Eesti_Toorahva_Kommuun, lk 9
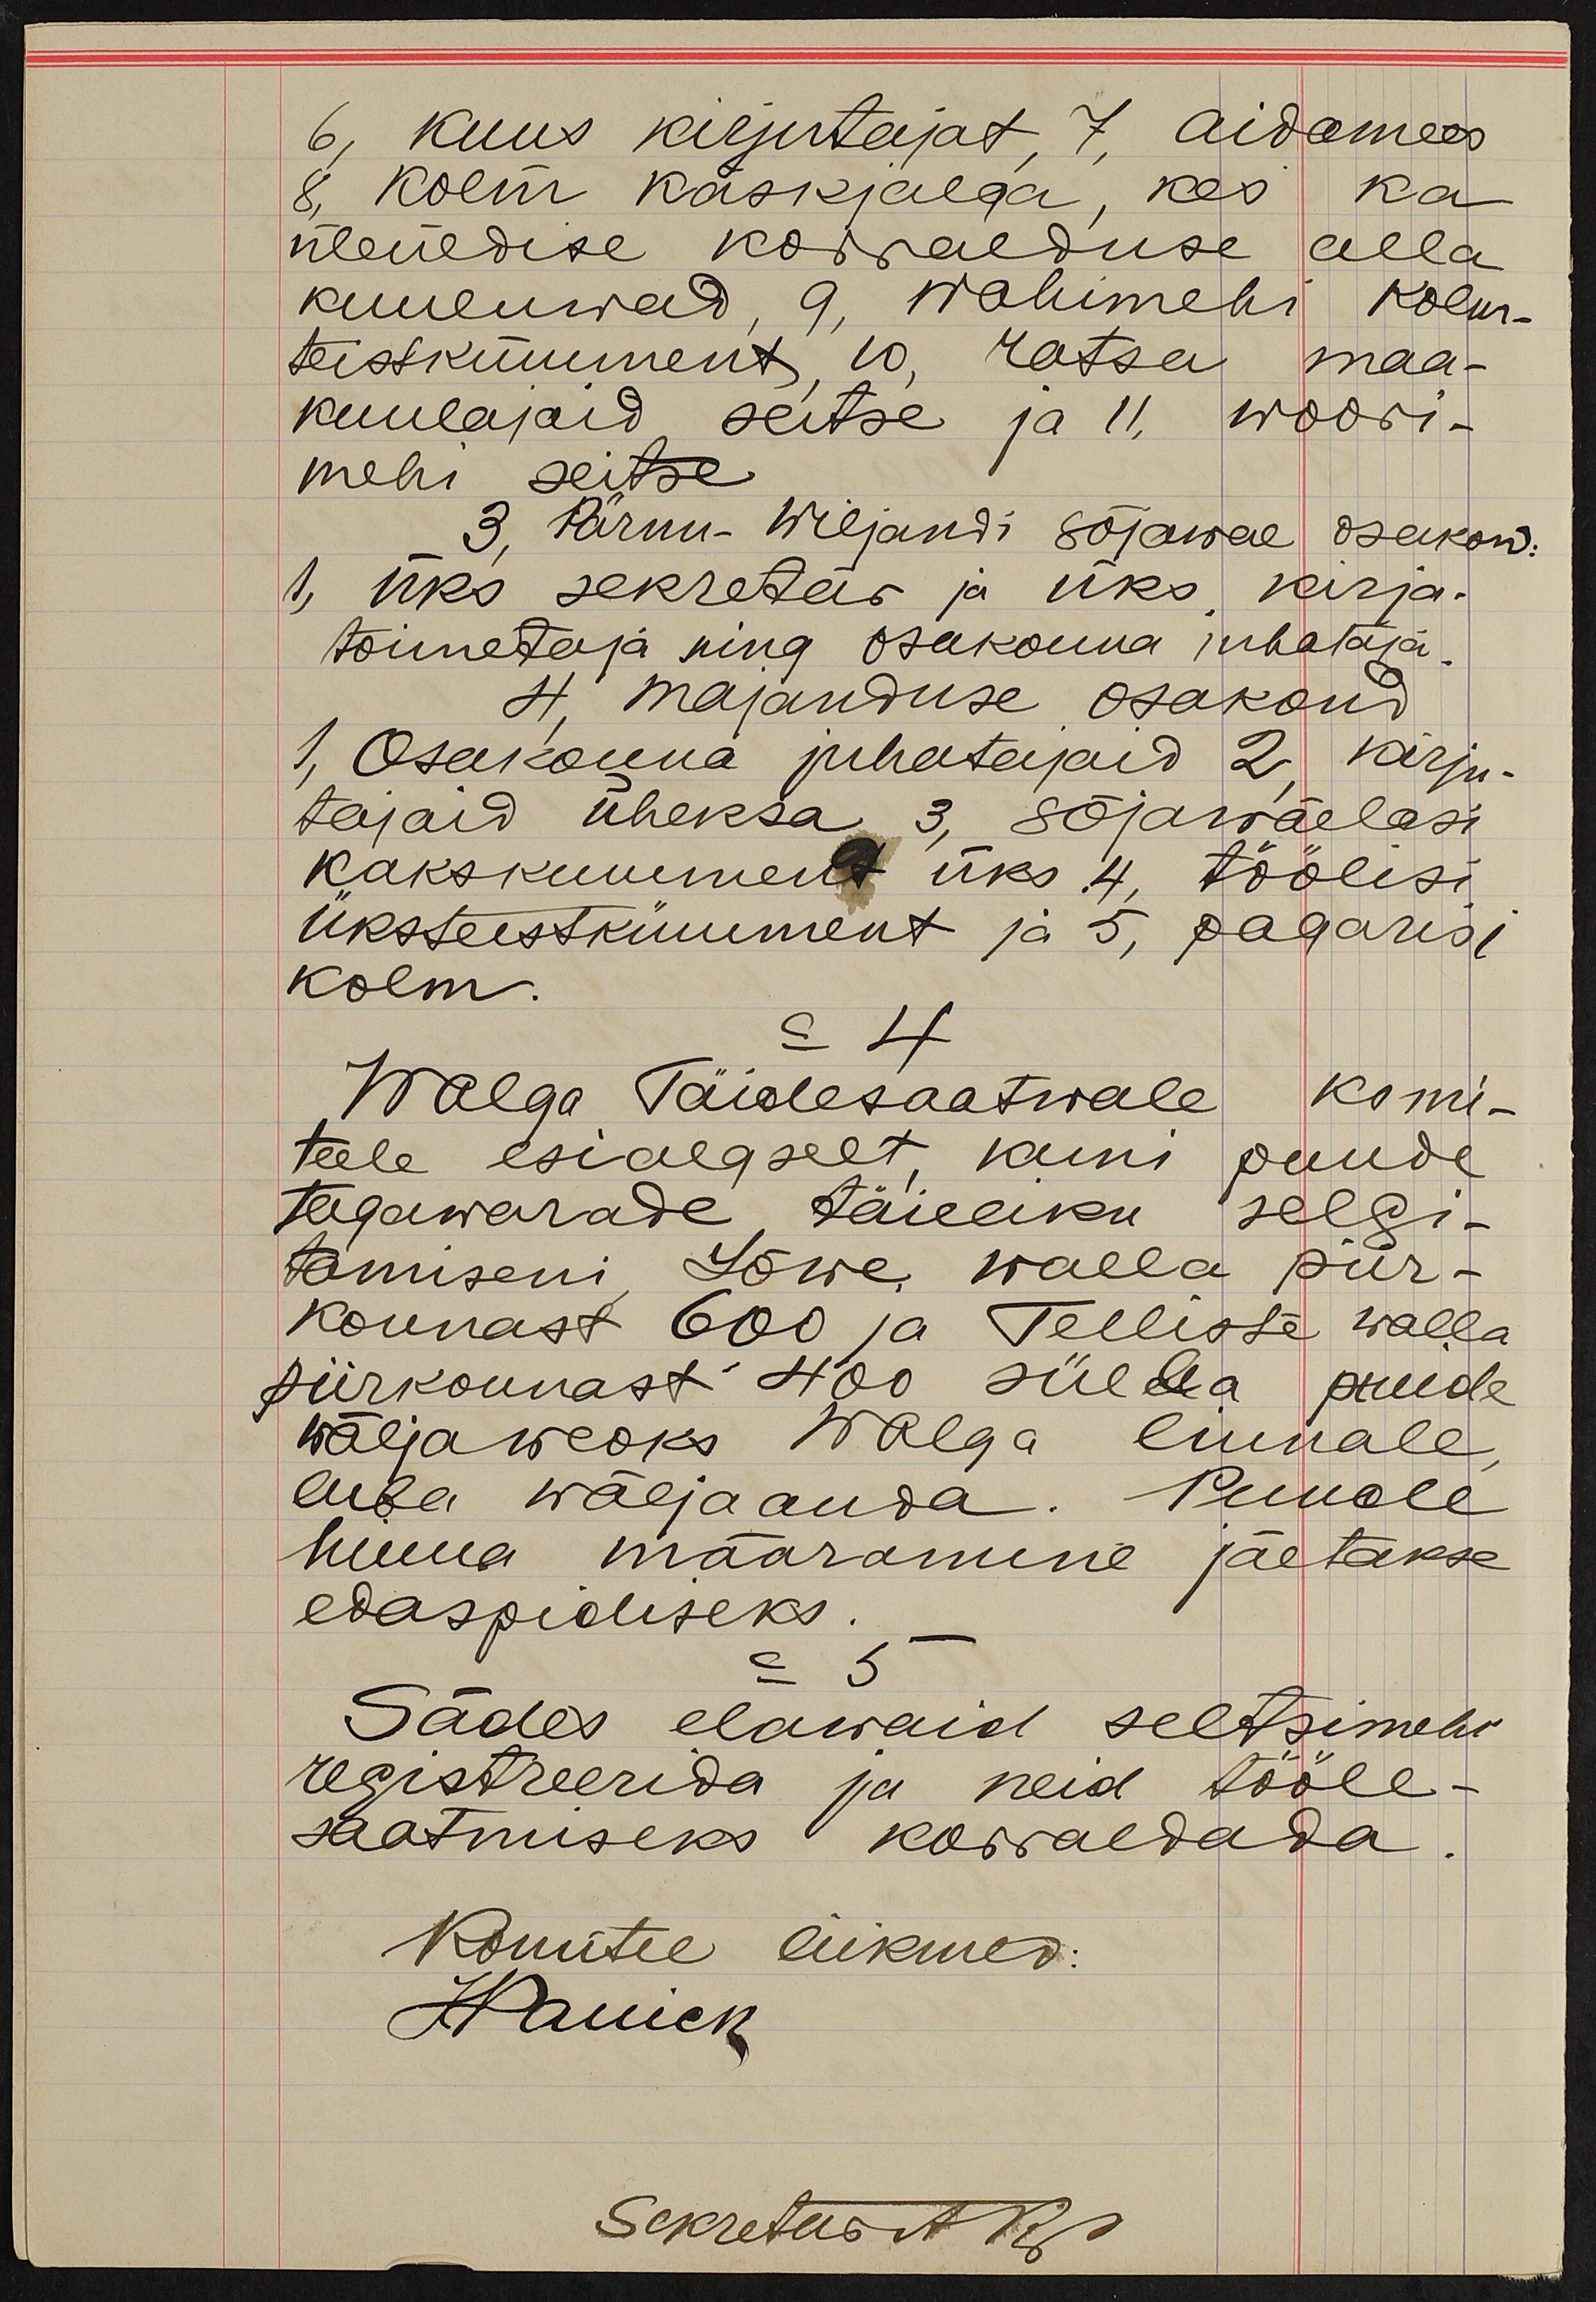
6, kuus kirjutajat 7, aidamees
8 kolm käskjalga, kes ka
üleüldise korralduse alla
kuuluwad 9, wahimehi kolm-
teistkümment 10, ratsa maa-
kuulajaid seitse ja 11, woori-
mehi seitse
3, Pärnu-Wiljandi sõjawäe osakond:
1, üks sekretär ja üks kirja-
toimetaja ning osakonna juhataja
4 majanduse osakond
1, Osakonna juhatajaid 2, kirju-
tajaid üheksa 3, sõjawäelasi
kakskummendt üks 4, töölisi
üksteestkümment ja 5, pagarisi
kolm.
= 4.
Walga Täidesaatwale komi-
teele esialgselt kuni puude
tagawarade täieliku selgi-
tamiseni Lõwe walla piir-
konnast 600 ja Telliste walla
piirkonnast 400 sülda puude
wäljaweoks Walga linnale
luba wäljaanda. Puude
hinna määramine jäetakse
edaspidiseks.
= 5
Sädes elawaid seltsimehi
registreerida ja neid tööle-
saatmiseks korraldada.
Komitee liikmed:
HPauen
Sekretar A R